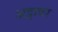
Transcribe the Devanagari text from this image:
अट्टावर